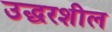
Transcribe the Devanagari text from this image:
उद्धरशील